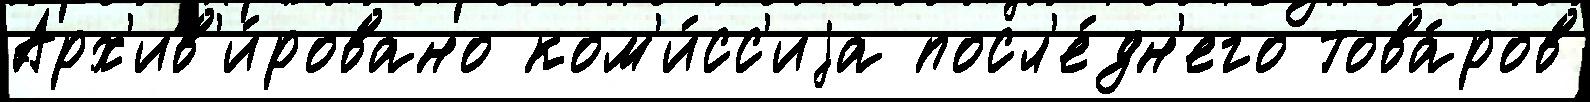
Арх'ив'и́ровано ком'и́сс'иjа посл'е́дн'его това́ров